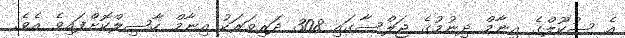
އެ ސުކޫލްގެ އިނާމް ދިނުމުގެ ޖަލްސާގައި 308 ދަރިވަރަކު އިނާމް ހާސިލްކޮށްފައިވެ އެވެ.